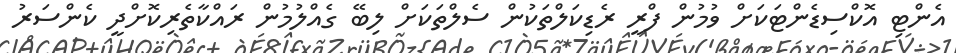
އެންޓި އޮކްސިޑެންޓަކަށް ވުމުން ފްރީ ރެޑިކަލްތަކުން ސެލްތަކަށް ލިބޭ ގެއްލުމުން ރައްކާތެރިކޮށްދީ ކެންސަރު